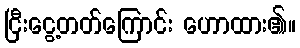
ငြီးငွေ့တတ်ကြောင်း ဟောထား၏။